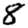
Digit: 8